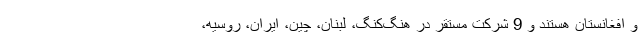
و افغانستان هستند و 9 شرکت مستقر در هنگ‌کنگ، لبنان، چین، ایران، روسیه،